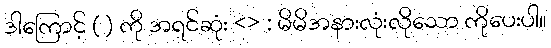
ဒါကြောင့် ( ) ကို အရင်ဆုံး <> : မိမိအနားလုံးလိုသော ကိုပေးပါ။